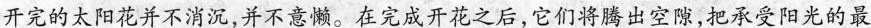
开完的太阳花并不消沉，并不意懒。在完成开花之后，它们将腾出空隙，把承受阳光的最